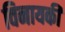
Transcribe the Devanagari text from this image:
विनायकी